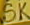
SK